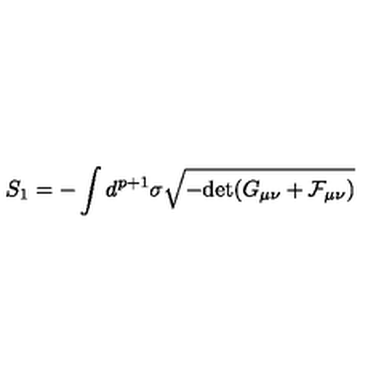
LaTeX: S _ { 1 } = - \int d ^ { p + 1 } \sigma \sqrt { - \mathrm { \mathrm { d e t } } ( G _ { \mu \nu } + { \cal F } _ { \mu \nu } ) }